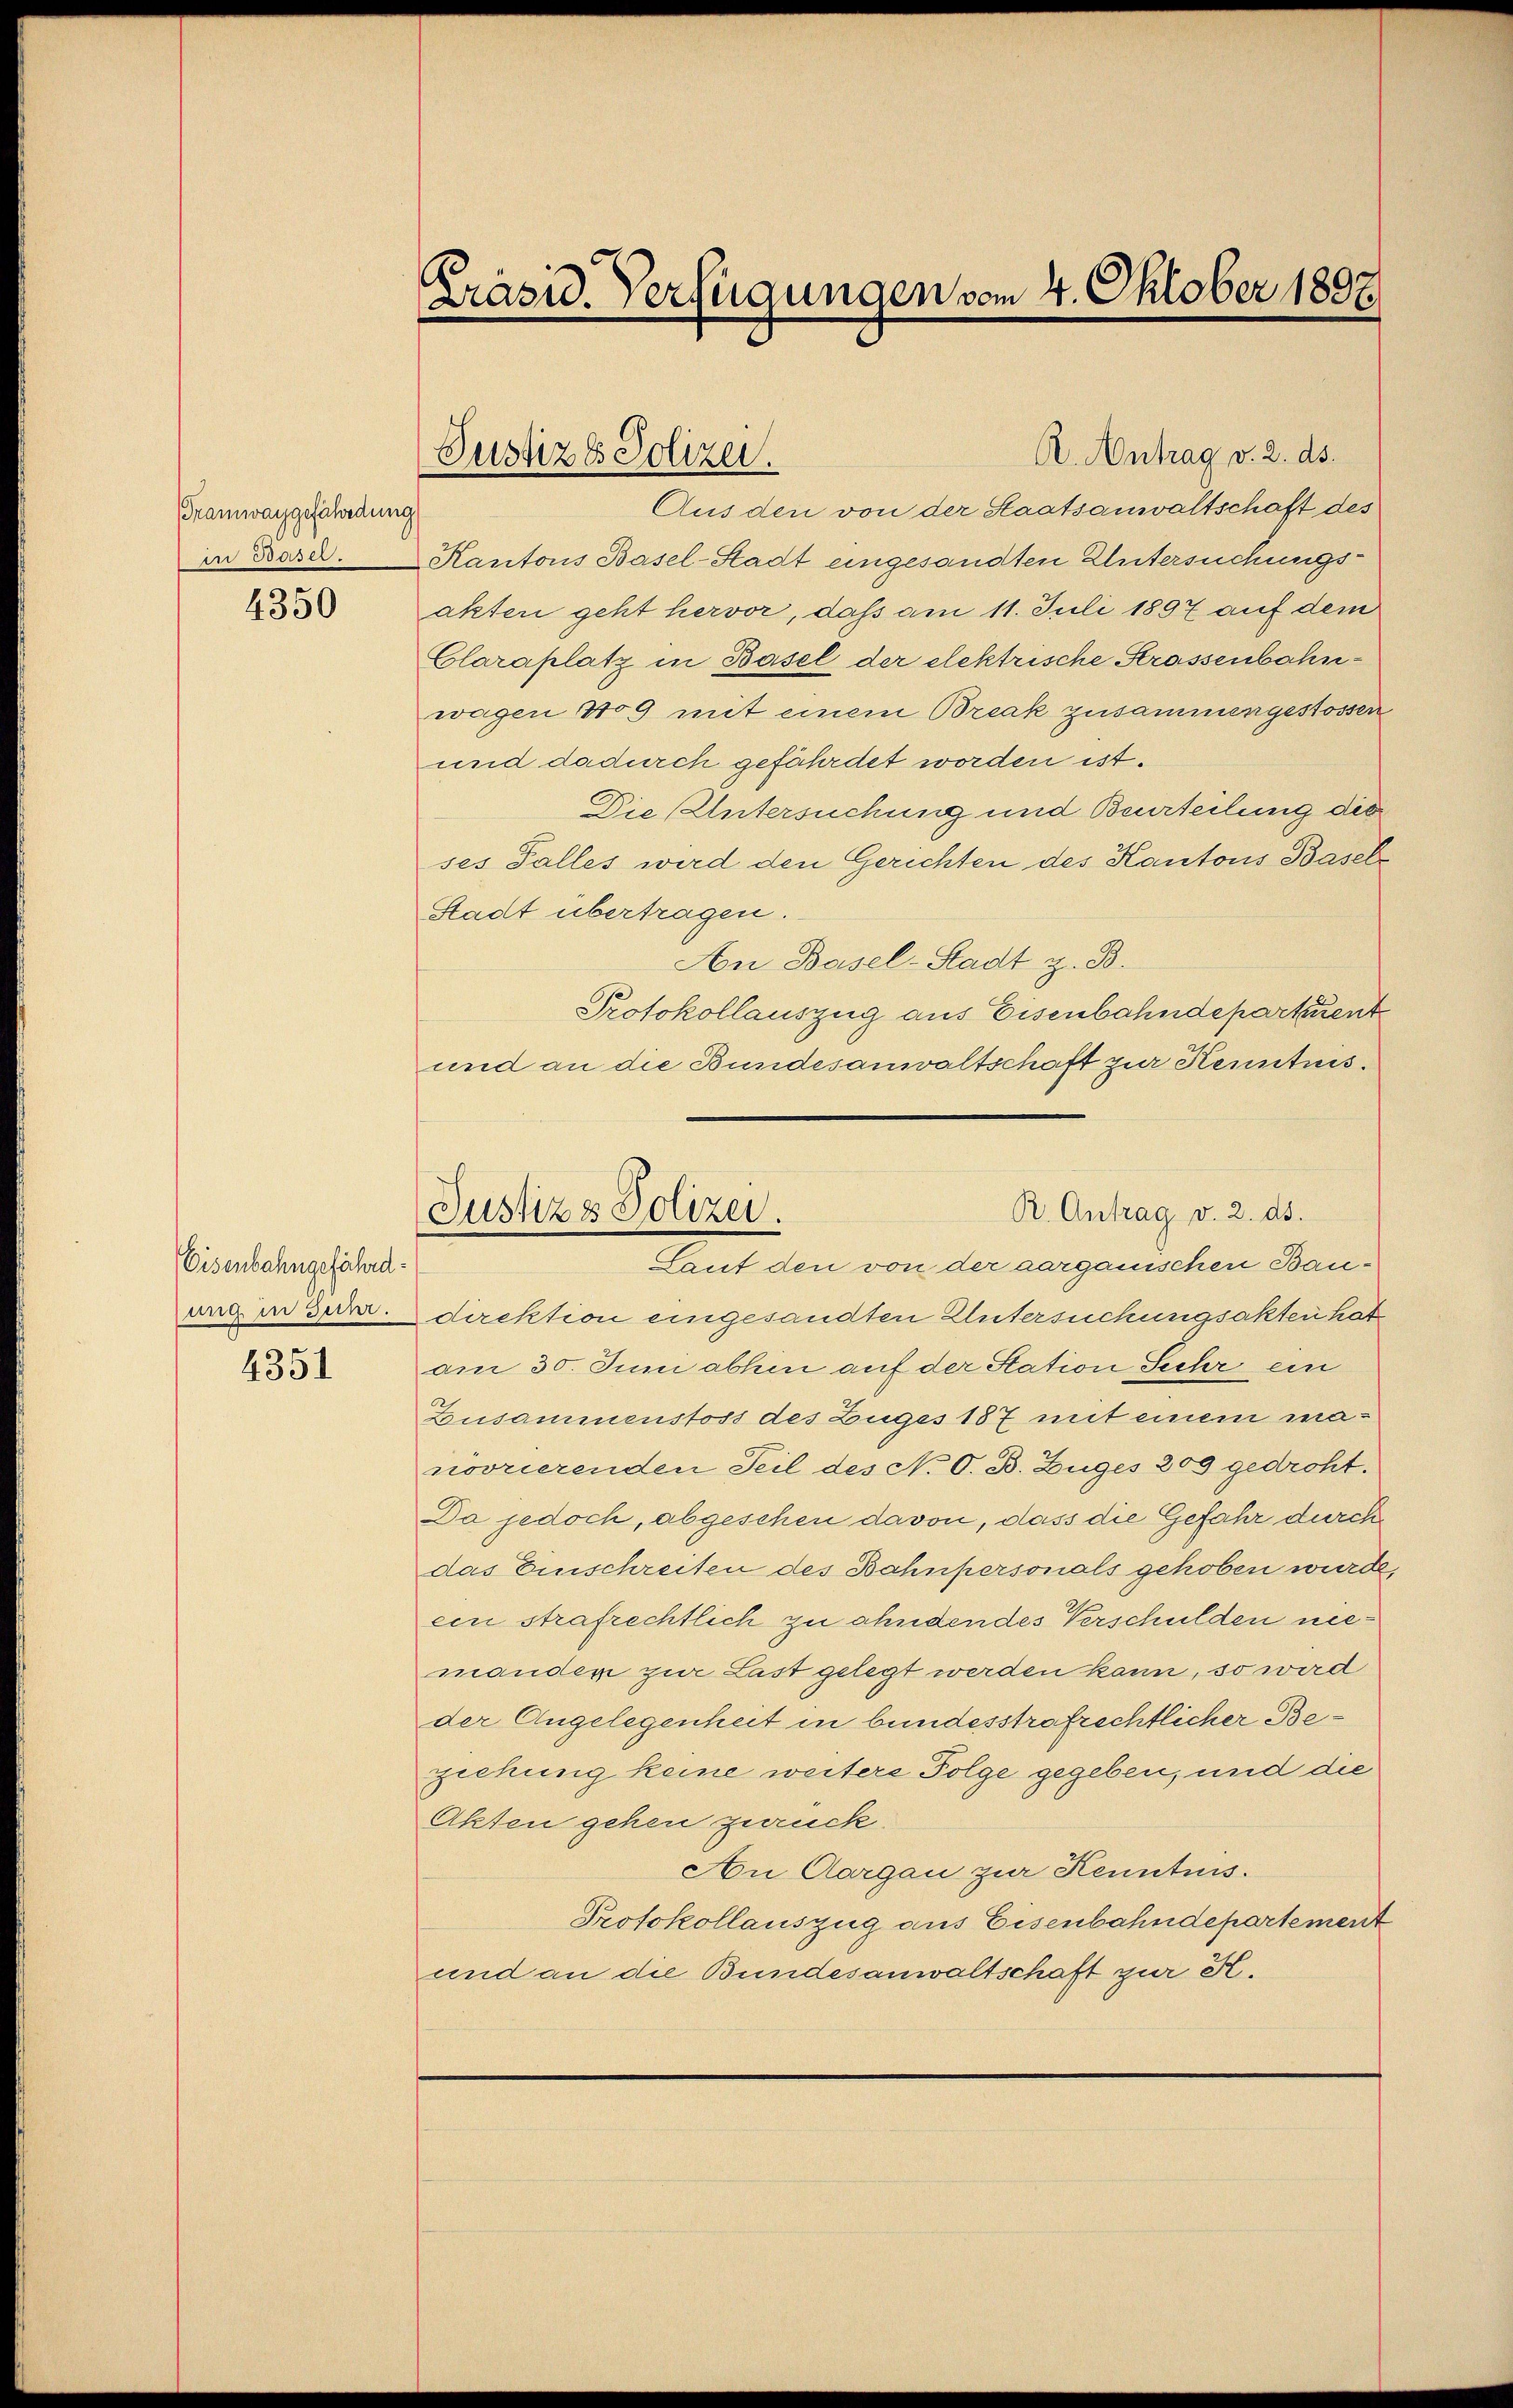
Tramwaygefährdung
an Posses.

4350

Eisenbahngefährd.
ung in Junr.

4351

Präsid. Verfügungen vom 4. Oktober 1897.

Justiz & Polizei.

Aus den von der Staatsanwaltschaft des
Kantons Basel-Stadt eingesandten Untersuchungsakten geht hervor, daß am 11. Juli 1897 auf dem
Claraplatz in Basel der elektrische Strassenbahnwagen 409 mit einem Break zusammengestossen
und dadurch gefährdet worden ist.
Die Untersuchung und Beurteilung die
ses Falles wird den Gerichten des Kantons Basel¬
Stadt übertragen.
An Basel-Stadt z. B.
Protokollauszug aus Eisenbahndepartirent
und an die Bundesanwaltschaft zur Kenntnisdirektion eingesandten Untersuchungsakten hat
am 30. Juni abhin auf der Station Sehr ein
Zusammenstoss des Zuges 187 mit einem ma-
novrierenden Teil des N. O. B. Zuges 200 gedroht.
Da jedoch, abgesehen davon, dass die Gefahr durch
das Einschreiten des Bahnpersonals gehoben wurde,
ein strafrechtlich zu ahndendes Verschulden niemanden zur Last gelegt werden kann, so wird
der Angelegenheit in bundesstrafrechtlicher Beziehung keine weitere Folge gegeben, und die
Akten gehen zurück.
An Aargau zur Kenntnis.
Protokollauszug aus Eisenbahndepartement
und an die Bundesanwaltschaft zur K.

R. Antrag v. 2. ds.

R. Antrag v. 2. ds.
Justiz & Polizei.
Lauf den von der verganischen Bau¬